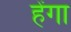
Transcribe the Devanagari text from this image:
हेंगा